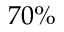
7 0 \%